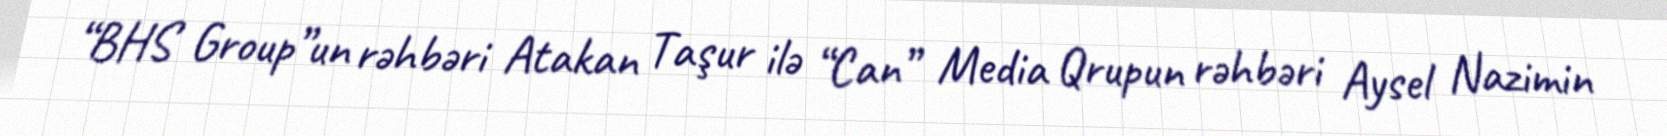
“BHS Group”un rəhbəri Atakan Taşur ilə “Can” Media Qrupun rəhbəri Aysel Nazimin